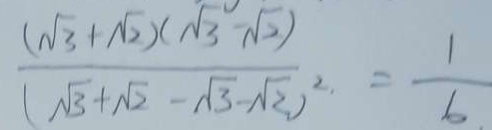
\frac { ( \sqrt { 3 } + \sqrt { 2 } ) ( \sqrt { 3 } - \sqrt { 2 } ) } { ( \sqrt { 3 } + \sqrt { 2 } - \sqrt { 3 } - \sqrt { 2 } ) ^ { 2 } } . = \frac { 1 } { 6 } .